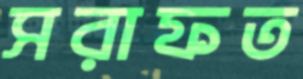
সরাফত